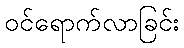
ဝင်ရောက်လာခြင်း